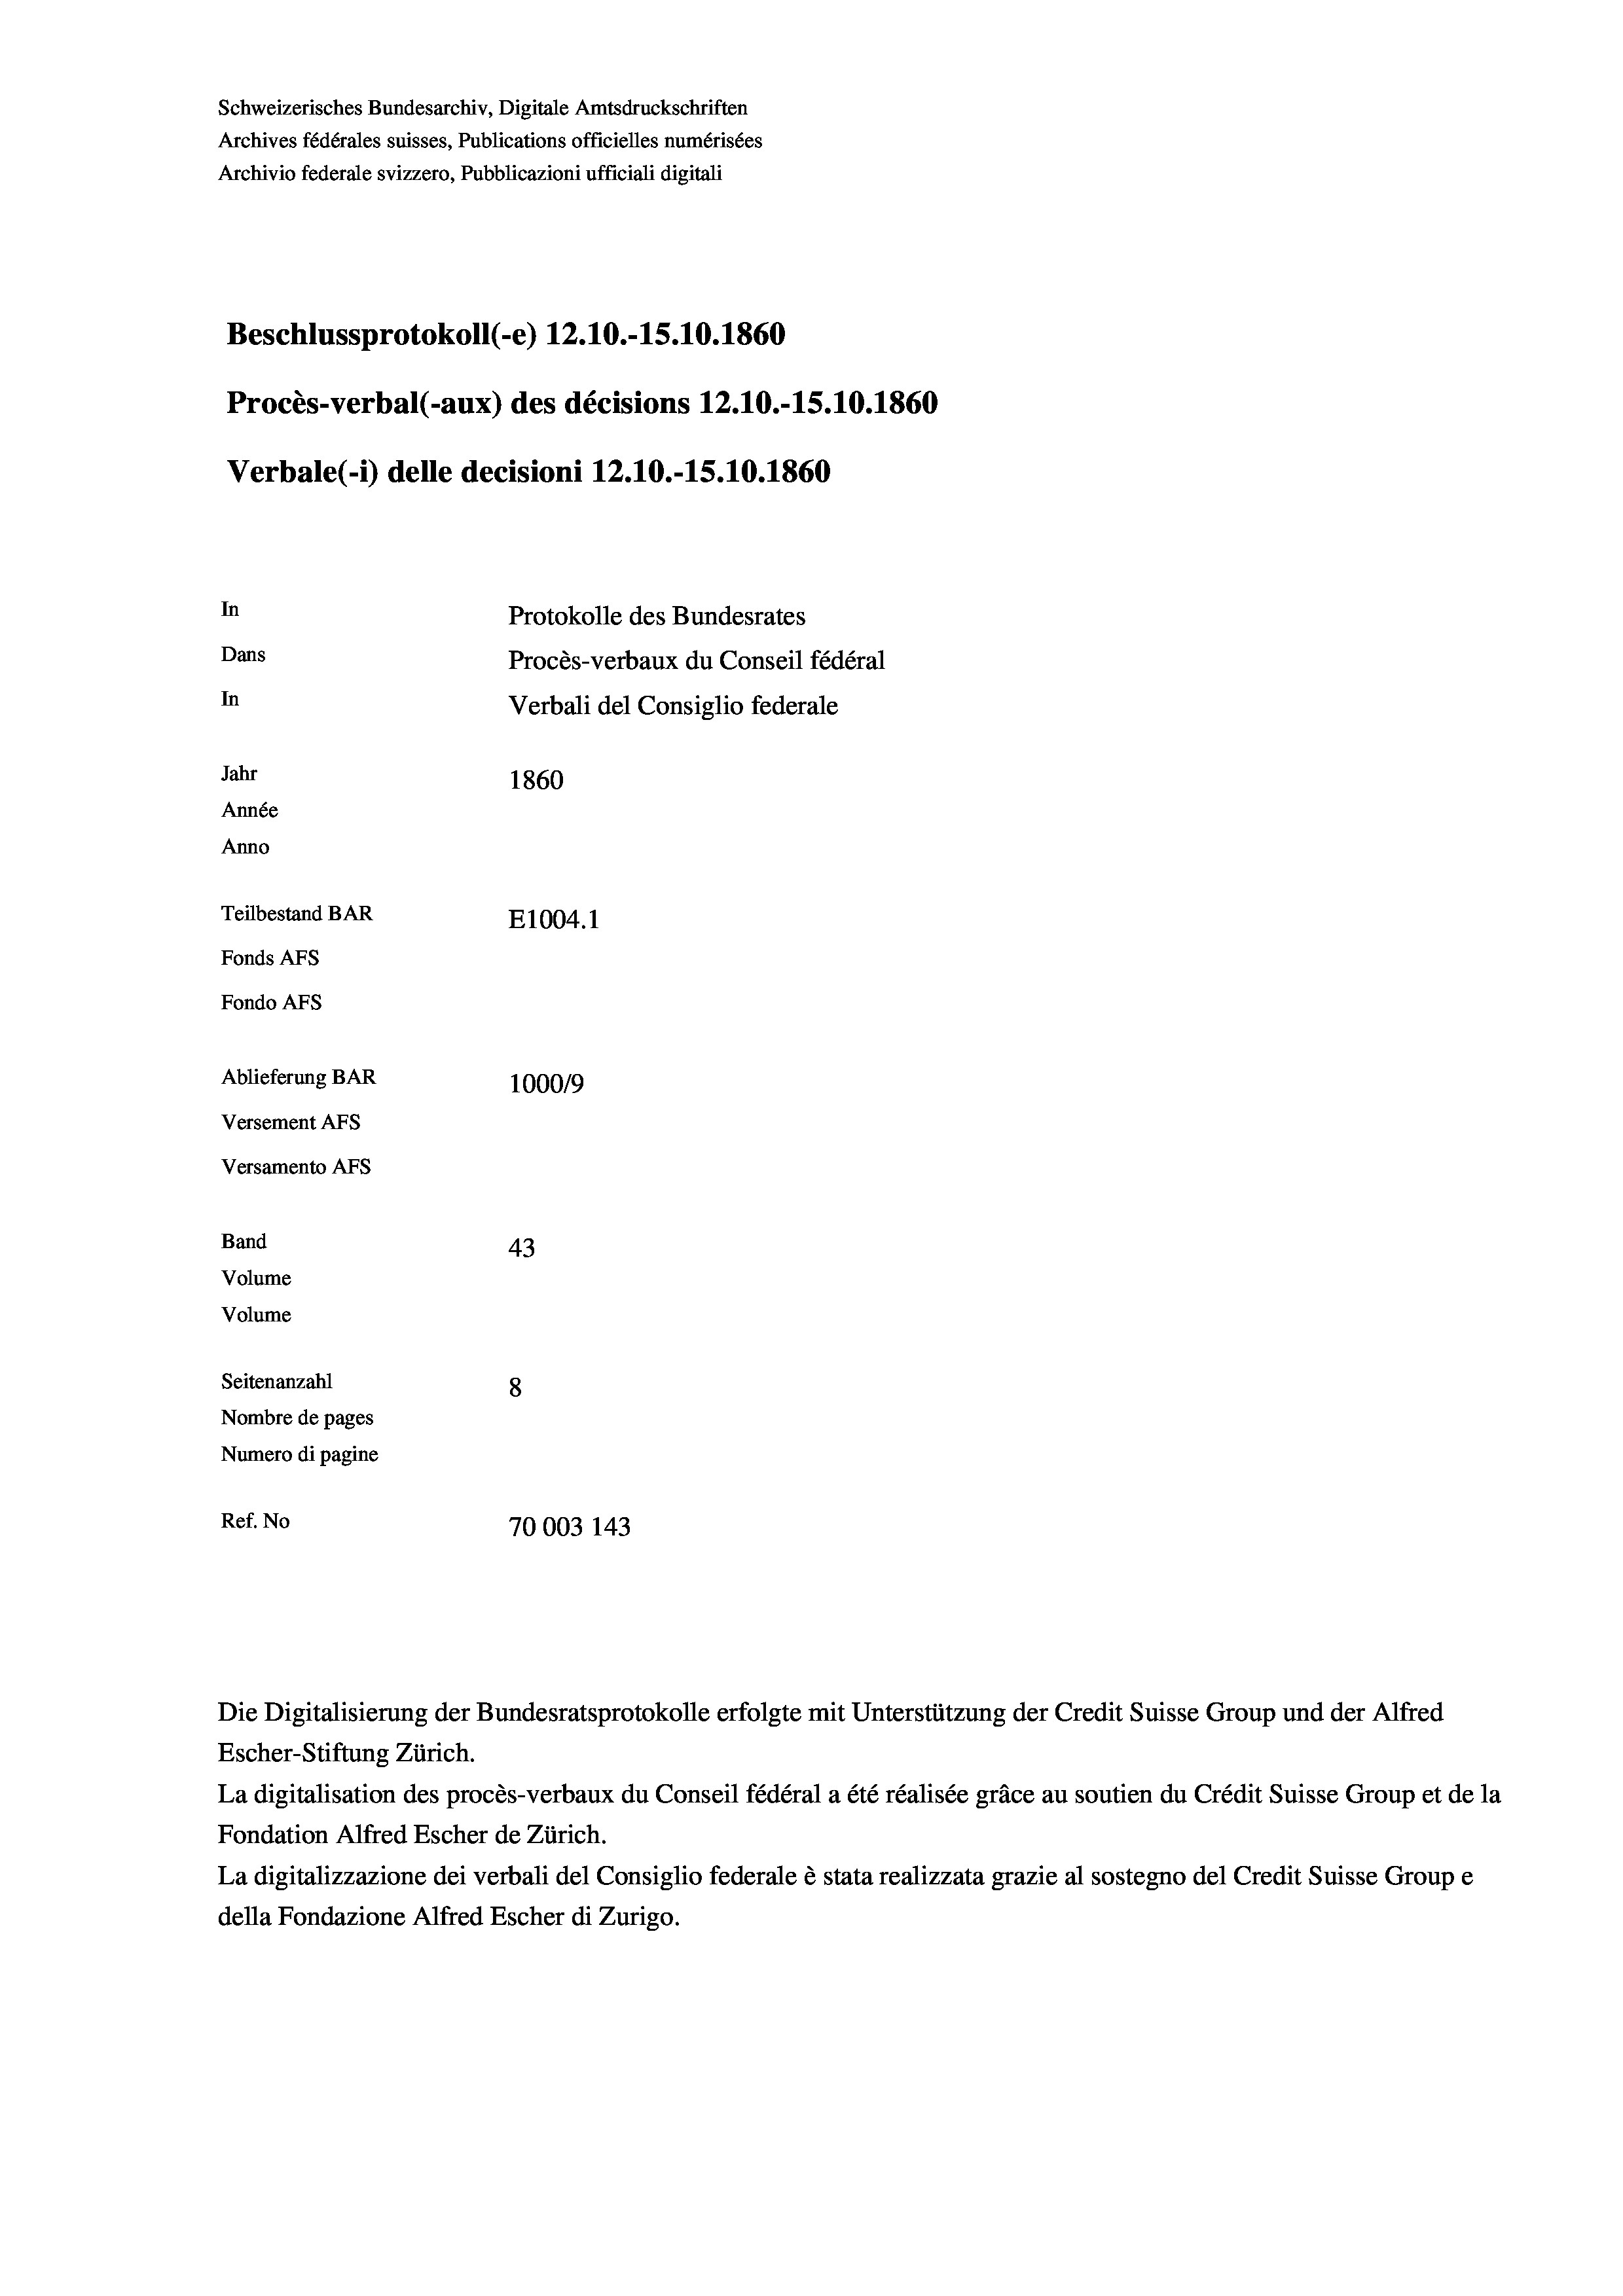
Schweizerisches Bundesarchiv, Digitale Amtsdruckschriften
Archives fédérales suisses, Publications officielles numérisées
Archivio federale svizzero, Pubblicazioni ufficiali digitali
Beschlussprotokoll (-e) 12.10.-15.10.1860
Procès-verbal (-aux) des décisions 12.10.-15.10.1860
Verbale (- 1) delle decisioni 12.10.-15.10.1860
In
Protokolle des Bundesrates
Dans
Procès-verbaux du Conseil fédéral
In
Verbali del Consiglio federale
Jahr
1860
Année
Anno
Teilbestand BAR
E1004. 1
Fonds AFs
Fondo AFS
Ablieferung BAR
100019
Versement AFs
Versamento AFs
Band
43
Volume
Volume
Seitenanzahl
8
Nombre de pages
Numero di pagine
Ref. No
70003 143

La digitalisation des procès-verbaux du Conseil fédéral a été réalisée gräce au soutien du Crédit Suisse Group et de la
Fondation Alfred Escher de Zürich.
La digitalizzazione dei verbali del Consiglio federale è stata realizzata grazie al sostegno del Credit Suisse Groupe
della Fondazione Alfred Escher di Zurigo.

Die Digitalisierung der Bundesratsprotokolle erfolgte mit Unterstützung der Credit Suisse Group und der Alfred
Escher-Stiftung Zürich.